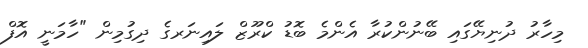
މިހާރު ދުނިޔޭގައި ބޭނުންކުރާ އެންމެ ބޮޑު ކްރޫޒް ލައިނަރގެ ދިގުމިން "ހާމަނީ އޮފް